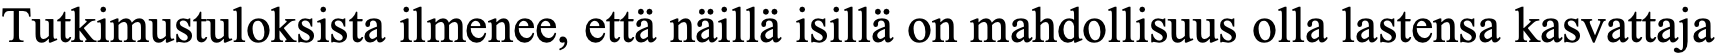
Tutkimustuloksista ilmenee, että näillä isillä on mahdollisuus olla lastensa kasvattaja